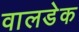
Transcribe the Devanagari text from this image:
वालडेक